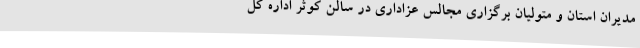
مدیران استان و متولیان برگزاری مجالس عزاداری در سالن کوثر اداره کل